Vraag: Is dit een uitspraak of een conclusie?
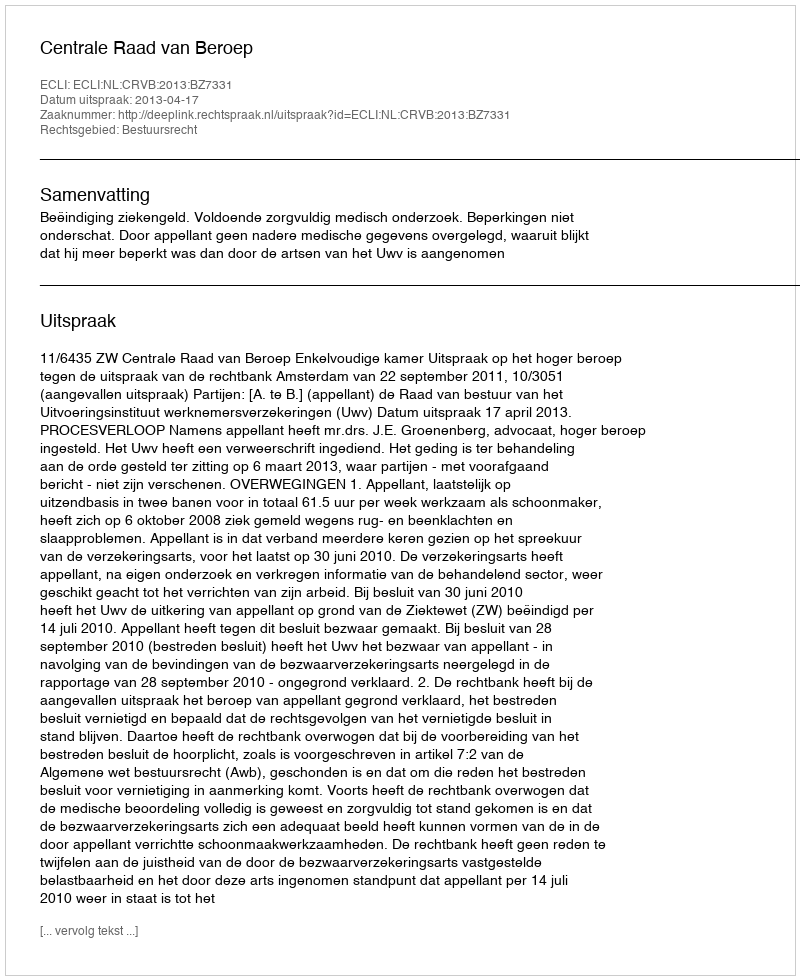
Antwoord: Uitspraak